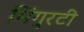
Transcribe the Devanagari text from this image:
मिंगुरटी